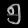
Digit: ၅